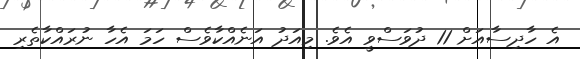
އެ ހާދިސާއަށް 11 ދުވަސްވީ އެވެ. މިއަދު އަނެއްކާވެސް ހަމަ އެހާ ނުރައްކާތެރި